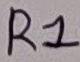
Text: R1